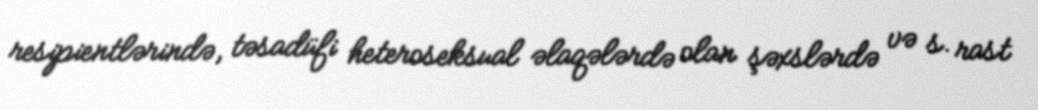
resipientlərində, təsadüfi heteroseksual əlaqələrdə olan şəxslərdə və s. rast